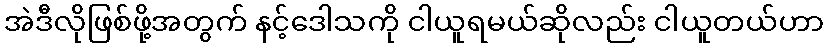
အဲဒီလိုဖြစ်ဖို့အတွက် နင့်ဒေါသကို ငါယူရမယ်ဆိုလည်း ငါယူတယ်ဟာ